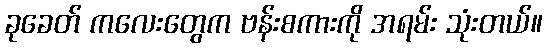
ခုခေတ် ကလေးတွေက ဗန်းစကားကို အရမ်း သုံးတယ်။